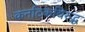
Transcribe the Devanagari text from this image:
कर्नाटकविरुद्ध